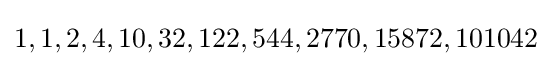
1,1,2,4,10,32,122,544,2770,15872,101042